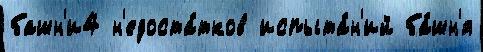
башн'и4 н'едоста́тков испыта́н'ий ба́шн'я